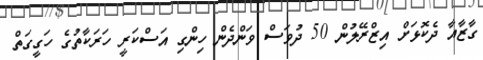
ގާޒާއާ ދެކޮޅަށް އިޒްރޭލުން 50 ދުވަސް ވަންދެން ހިންގި އަސްކަރީ ހަރަކާތުގެ ހަގީގަތް